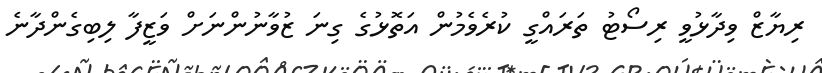
ރިޔާޒް ވިދާޅުވީ ރިސޯޓު ތަރައްގީ ކުރެވެމުން އަތޮޅުގެ ގިނަ ޒުވާނުންނަށް ވަޒީފާ ލިބިގެންދާނެ